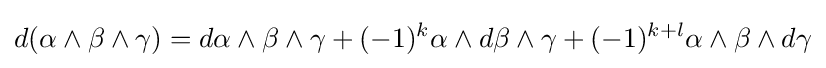
d(\alpha \wedge \beta \wedge \gamma )=d\alpha \wedge \beta \wedge \gamma +(-1)^{k}\alpha \wedge d\beta \wedge \gamma +(-1)^{k+l}\alpha \wedge \beta \wedge d\gamma